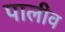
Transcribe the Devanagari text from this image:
पालीव